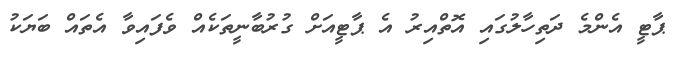
ޕާޓީ އެންމެ ދަތިހާލުގައި އޮތްއިރު އެ ޕާޓީއަށް ގުރުބާނީތަކެއް ވެފައިވާ އެތައް ބަޔަކު